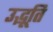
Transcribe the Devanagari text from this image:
उद्भूति